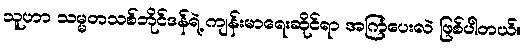
သူဟာ သမ္မတသစ်ဘိုင်ဒန်ရဲ့ ကျန်းမာရေးဆိုင်ရာ အကြံပေးလဲ ဖြစ်ပါတယ်။